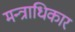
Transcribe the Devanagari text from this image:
मन्त्राधिकार